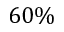
6 0 \%